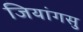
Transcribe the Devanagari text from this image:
जियांगसु